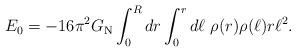
LaTeX: \begin{align*}E_0=-16\pi^2G_{\rm N}\int_0^R dr \int_0^r d\ell\ \rho(r)\rho(\ell)r\ell^2.\end{align*}